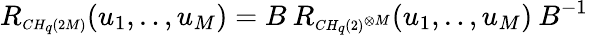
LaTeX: R_{\scriptscriptstyle CH_{q}(2M)}(u_{1},..,u_{M})=B\: R_{\scriptscriptstyle CH_{q}(2)^{\otimes M}}(u_{1},..,u_{M})\: B^{-1}\,